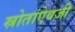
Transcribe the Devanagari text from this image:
स्रोतांऐवजी